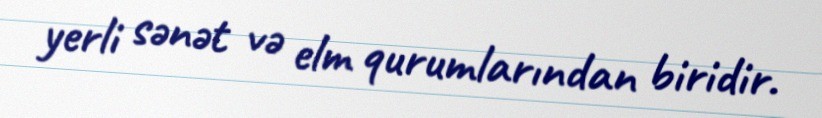
yerli sənət və elm qurumlarından biridir.